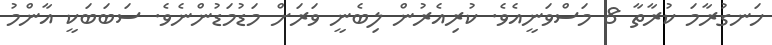
ހަނގުރާމަ ކުރާތާ 8 މަސްވަނީއެވެ. ކުރިއެރުން ލިބެނީ ވަރަށް މަޑުމަޑުންނެވެ. ސަބަބަކީ އާންމު